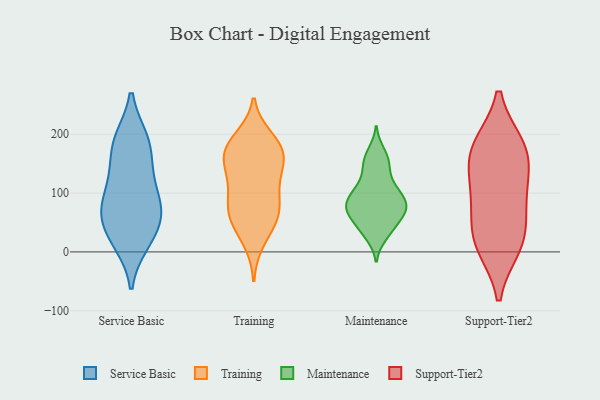
{"axis": {"x": "Budget (USD K)", "y": "Value"}, "legend": ["Maintenance", "Service Basic", "Support-Tier2", "Training"], "data": [{"x": "", "y": 190, "type": "Service Basic"}, {"x": "", "y": 80, "type": "Service Basic"}, {"x": "", "y": 66, "type": "Service Basic"}, {"x": "", "y": 190, "type": "Service Basic"}, {"x": "", "y": 191, "type": "Service Basic"}, {"x": "", "y": 19, "type": "Service Basic"}, {"x": "", "y": 127, "type": "Service Basic"}, {"x": "", "y": 75, "type": "Service Basic"}, {"x": "", "y": 123, "type": "Service Basic"}, {"x": "", "y": 153, "type": "Service Basic"}, {"x": "", "y": 74, "type": "Service Basic"}, {"x": "", "y": 30, "type": "Service Basic"}, {"x": "", "y": 16, "type": "Service Basic"}, {"x": "", "y": 62, "type": "Service Basic"}, {"x": "", "y": 79, "type": "Training"}, {"x": "", "y": 77, "type": "Training"}, {"x": "", "y": 139, "type": "Training"}, {"x": "", "y": 174, "type": "Training"}, {"x": "", "y": 114, "type": "Training"}, {"x": "", "y": 176, "type": "Training"}, {"x": "", "y": 154, "type": "Training"}, {"x": "", "y": 192, "type": "Training"}, {"x": "", "y": 118, "type": "Training"}, {"x": "", "y": 56, "type": "Training"}, {"x": "", "y": 52, "type": "Training"}, {"x": "", "y": 66, "type": "Training"}, {"x": "", "y": 19, "type": "Training"}, {"x": "", "y": 174, "type": "Training"}, {"x": "", "y": 169, "type": "Training"}, {"x": "", "y": 125, "type": "Maintenance"}, {"x": "", "y": 41, "type": "Maintenance"}, {"x": "", "y": 104, "type": "Maintenance"}, {"x": "", "y": 149, "type": "Maintenance"}, {"x": "", "y": 152, "type": "Maintenance"}, {"x": "", "y": 102, "type": "Maintenance"}, {"x": "", "y": 86, "type": "Maintenance"}, {"x": "", "y": 41, "type": "Maintenance"}, {"x": "", "y": 26, "type": "Maintenance"}, {"x": "", "y": 72, "type": "Maintenance"}, {"x": "", "y": 66, "type": "Maintenance"}, {"x": "", "y": 78, "type": "Maintenance"}, {"x": "", "y": 69, "type": "Maintenance"}, {"x": "", "y": 99, "type": "Maintenance"}, {"x": "", "y": 171, "type": "Maintenance"}, {"x": "", "y": 69, "type": "Maintenance"}, {"x": "", "y": 118, "type": "Support-Tier2"}, {"x": "", "y": 178, "type": "Support-Tier2"}, {"x": "", "y": 68, "type": "Support-Tier2"}, {"x": "", "y": 141, "type": "Support-Tier2"}, {"x": "", "y": 10, "type": "Support-Tier2"}, {"x": "", "y": 19, "type": "Support-Tier2"}, {"x": "", "y": 180, "type": "Support-Tier2"}, {"x": "", "y": 177, "type": "Support-Tier2"}, {"x": "", "y": 87, "type": "Support-Tier2"}, {"x": "", "y": 18, "type": "Support-Tier2"}]}